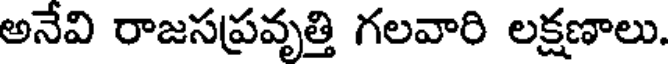
అనేవి రాజసప్రవృత్తి గలవారి లక్షణాలు.